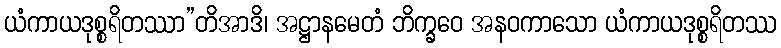
ယံကာယဒုစ္စရိတဿာ”တိအာဒိ၊ အဋ္ဌာနမေတံ ဘိက္ခဝေ အနဝကာသော ယံကာယဒုစ္စရိတဿ